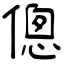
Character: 傯